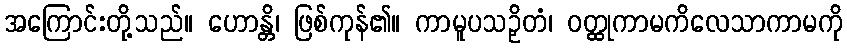
အကြောင်းတို့သည်။ ဟောန္တိ၊ ဖြစ်ကုန်၏။ ကာမူပသဉှိတံ၊ ဝတ္ထုကာမကိလေသာကာမကို